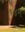
૧૪મ